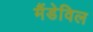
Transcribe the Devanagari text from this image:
मैंडेविल